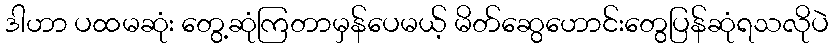
ဒါဟာ ပထမဆုံး တွေ့ဆုံကြတာမှန်ပေမယ့် မိတ်ဆွေဟောင်းတွေပြန်ဆုံရသလိုပဲ